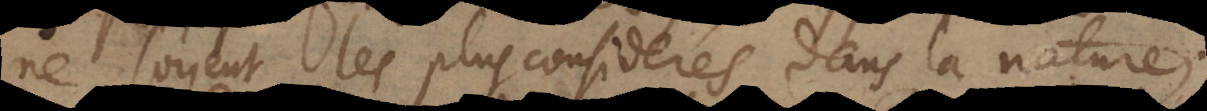
ne soyent les plus considérés dans la nature;